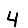
Digit: 4